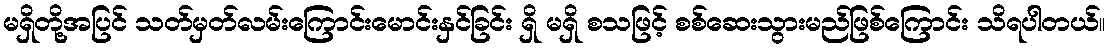
မရှိတို့အပြင် သတ်မှတ်လမ်းကြောင်းမောင်းနှင်ခြင်း ရှိ မရှိ စသဖြင့် စစ်ဆေးသွားမည်ဖြစ်ကြောင်း သိရပါတယ်။